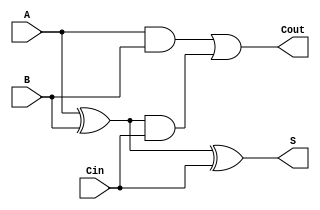
module DynamicFullAdder (
    input wire A,        // First input bit
    input wire B,        // Second input bit
    input wire Cin,      // Carry-in bit
    output wire S,       // Sum output
    output wire Cout     // Carry-out output
);

    // Intermediate signals
    wire AxorB;          // A XOR B
    wire AxorB_and_Cin;  // (A XOR B) AND Cin
    wire A_and_B;        // A AND B

    // Compute the intermediate values
    assign AxorB = A ^ B;              // A XOR B
    assign A_and_B = A & B;            // A AND B
    assign AxorB_and_Cin = AxorB & Cin; // (A XOR B) AND Cin

    // Compute Sum (S) and Carry-out (Cout)
    assign S = AxorB ^ Cin;            // Sum: S = A XOR B XOR Cin
    assign Cout = A_and_B | AxorB_and_Cin; // Cout: Cout = (A AND B) OR ((A XOR B) AND Cin)

endmodule